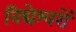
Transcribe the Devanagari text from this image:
विद्येश्वरों